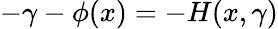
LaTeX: -\gamma-\phi(x)=-H(x,\gamma)